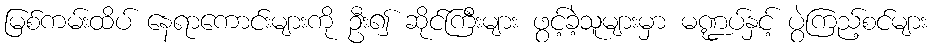
မြစ်ကမ်းထိပ် နေရာကောင်းများကို ဦး၍ ဆိုင်ကြီးများ ဖွင့်ခဲ့သူများမှာ မဏ္ဍပ်နှင့် ပွဲကြည့်စင်များ